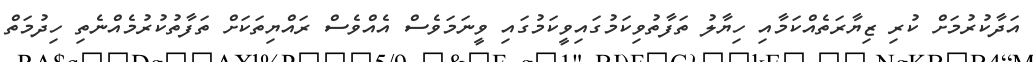
އަދާކުރުމަށް ކުރި ޒިޔާރަތެއްކަމާއި ހިޔާލު ތަފާތުވިކަމުގައިވީކަމުގައި ވީނަމަވެސް އެއްވެސް ރައްޔިތަކަށް ތަފާތުކުރުމެއްނެތި ހިދުމަތް